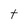
Character: t